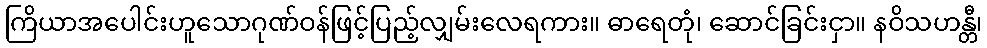
ကြိယာအပေါင်းဟူသောဂုဏ်ဝန်ဖြင့်ပြည့်လျှမ်းလေရကား။ ဓာရေတုံ၊ ဆောင်ခြင်းငှာ။ နဝိသဟန္တီ၊